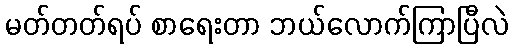
မတ်တတ်ရပ် စာရေးတာ ဘယ်လောက်ကြာပြီလဲ